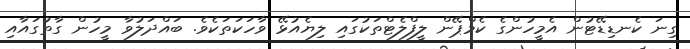
ގިނަ ކެނޑިޑޭޓުން އެމީހުންގެ ކެމްޕޭން ލީފްލެޓްތަކުގައި ލިޔެއުޅޭ ވާހަކަތަކެވެ. ބައްދަލުވާ މީހުން ގާތުގައާއި